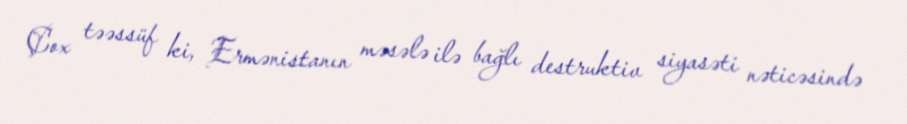
Çox təəssüf ki, Ermənistanın məsələ ilə bağlı destruktiv siyasəti nəticəsində